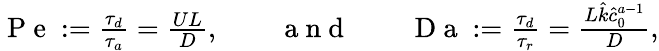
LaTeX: \begin{array}{r}{\mathrm{~P~e~}:=\frac{\tau_{d}}{\tau_{a}}=\frac{UL}{D},\qquad\mathrm{~a~n~d~}\qquad\mathrm{~D~a~}:=\frac{\tau_{d}}{\tau_{r}}=\frac{L\hat{k}\hat{c}_{0}^{a-1}}{D},}\end{array}